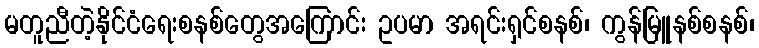
မတူညီတဲ့နိုင်ငံရေးစနစ်တွေအကြောင်း ဥပမာ အရင်းရှင်စနစ်၊ ကွန်မြူနစ်စနစ်၊